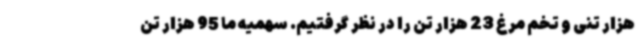
هزار تنی و تخم مرغ 23 هزار تن را در نظر گرفتیم. سهمیه ما 95 هزار تن